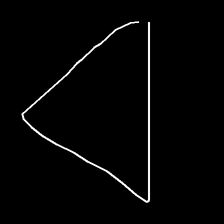
Glyph: convergence